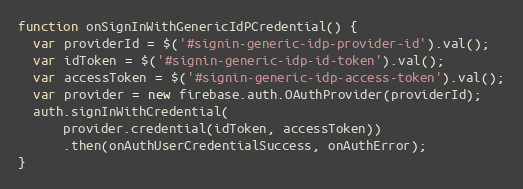
Language: JavaScript
function onSignInWithGenericIdPCredential() {
  var providerId = $('#signin-generic-idp-provider-id').val();
  var idToken = $('#signin-generic-idp-id-token').val();
  var accessToken = $('#signin-generic-idp-access-token').val();
  var provider = new firebase.auth.OAuthProvider(providerId);
  auth.signInWithCredential(
      provider.credential(idToken, accessToken))
      .then(onAuthUserCredentialSuccess, onAuthError);
}